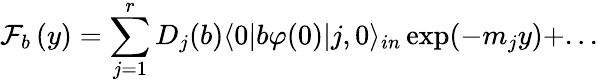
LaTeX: \mathcal{F}_{b}\left(y\right)=\sum_{j=1}^{r}D_{j}(b)\langle 0|b\varphi(0)|j,0\rangle_{in}\exp(-m_{j}y)+...